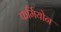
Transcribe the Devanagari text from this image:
फर्मियोन